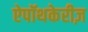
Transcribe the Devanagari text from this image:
ऐपॉथकेरीज़